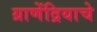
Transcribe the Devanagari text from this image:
ग्राणेंद्रियाचे